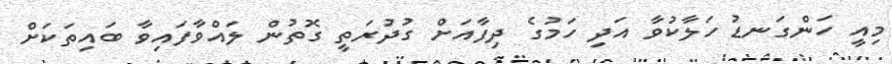
މިއީ ހަންގަނޑު ހަލާކުވާ އަދި ހަމުގެ ދިފާއަށް ގުދުރަތީ ގޮތުން ލައްވާފައިވާ ބައިތަކަށް